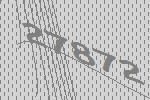
27872